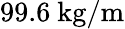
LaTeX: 99.6~\mathrm{kg}/\mathrm{m}